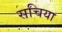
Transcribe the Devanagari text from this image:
सचिया